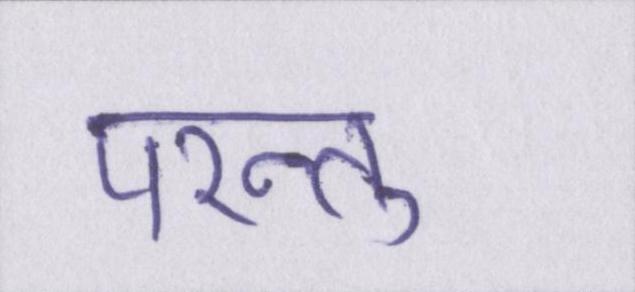
परन्तु